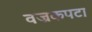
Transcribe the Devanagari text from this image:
वज्रकपटा